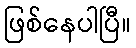
ဖြစ်နေပါပြီ။